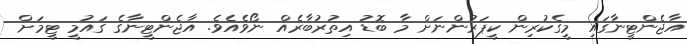
އާޖެންޓީނާގައި މީގެކުރިން ކީޕަރުންނަށް މާ ބޮޑު އިތުރުބާރެއް ނޯވެއެވެ. އާޖެންޓީނާގެ ގައުމީ ޓީމަށް